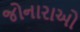
જોનારાઓ